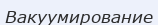
Вакуумирование